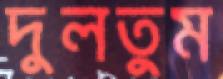
দুলতুম